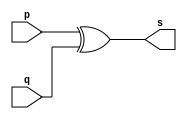
//------------------------------
// Guia 01 - Exercicio extra 04
// Marco Antonio Maciel Belo
//------------------------------

// -----------------------------
// -- Xor ~ 2
// -----------------------------

module xorgate (s, p, q);
	output s;
	input p , q;
				
	assign s = (p^q);

endmodule

// ----------------------------
// -- Test Xorgate
//-----------------------------

module testxorgate;
	reg a,b;
	wire s;
			// instancia
		xorgate XOR1(s, a, b);
	
	initial begin: start
		a = 0; b=0;
	end
	
			// parte principal
	initial begin:main
		$display("Guia 01 - Extra 04 \nMarco Antonio Maciel Belo - 410796");
      $display("Xor gate");
      $display("\n( a ^ b ) = s\n");
      $monitor("( %b ^ %b ) = %b", a, b, s);
		#1 a=0; b=1;
		#1 a=1; b=0;
		#1 a=1; b=1;
	end
endmodule